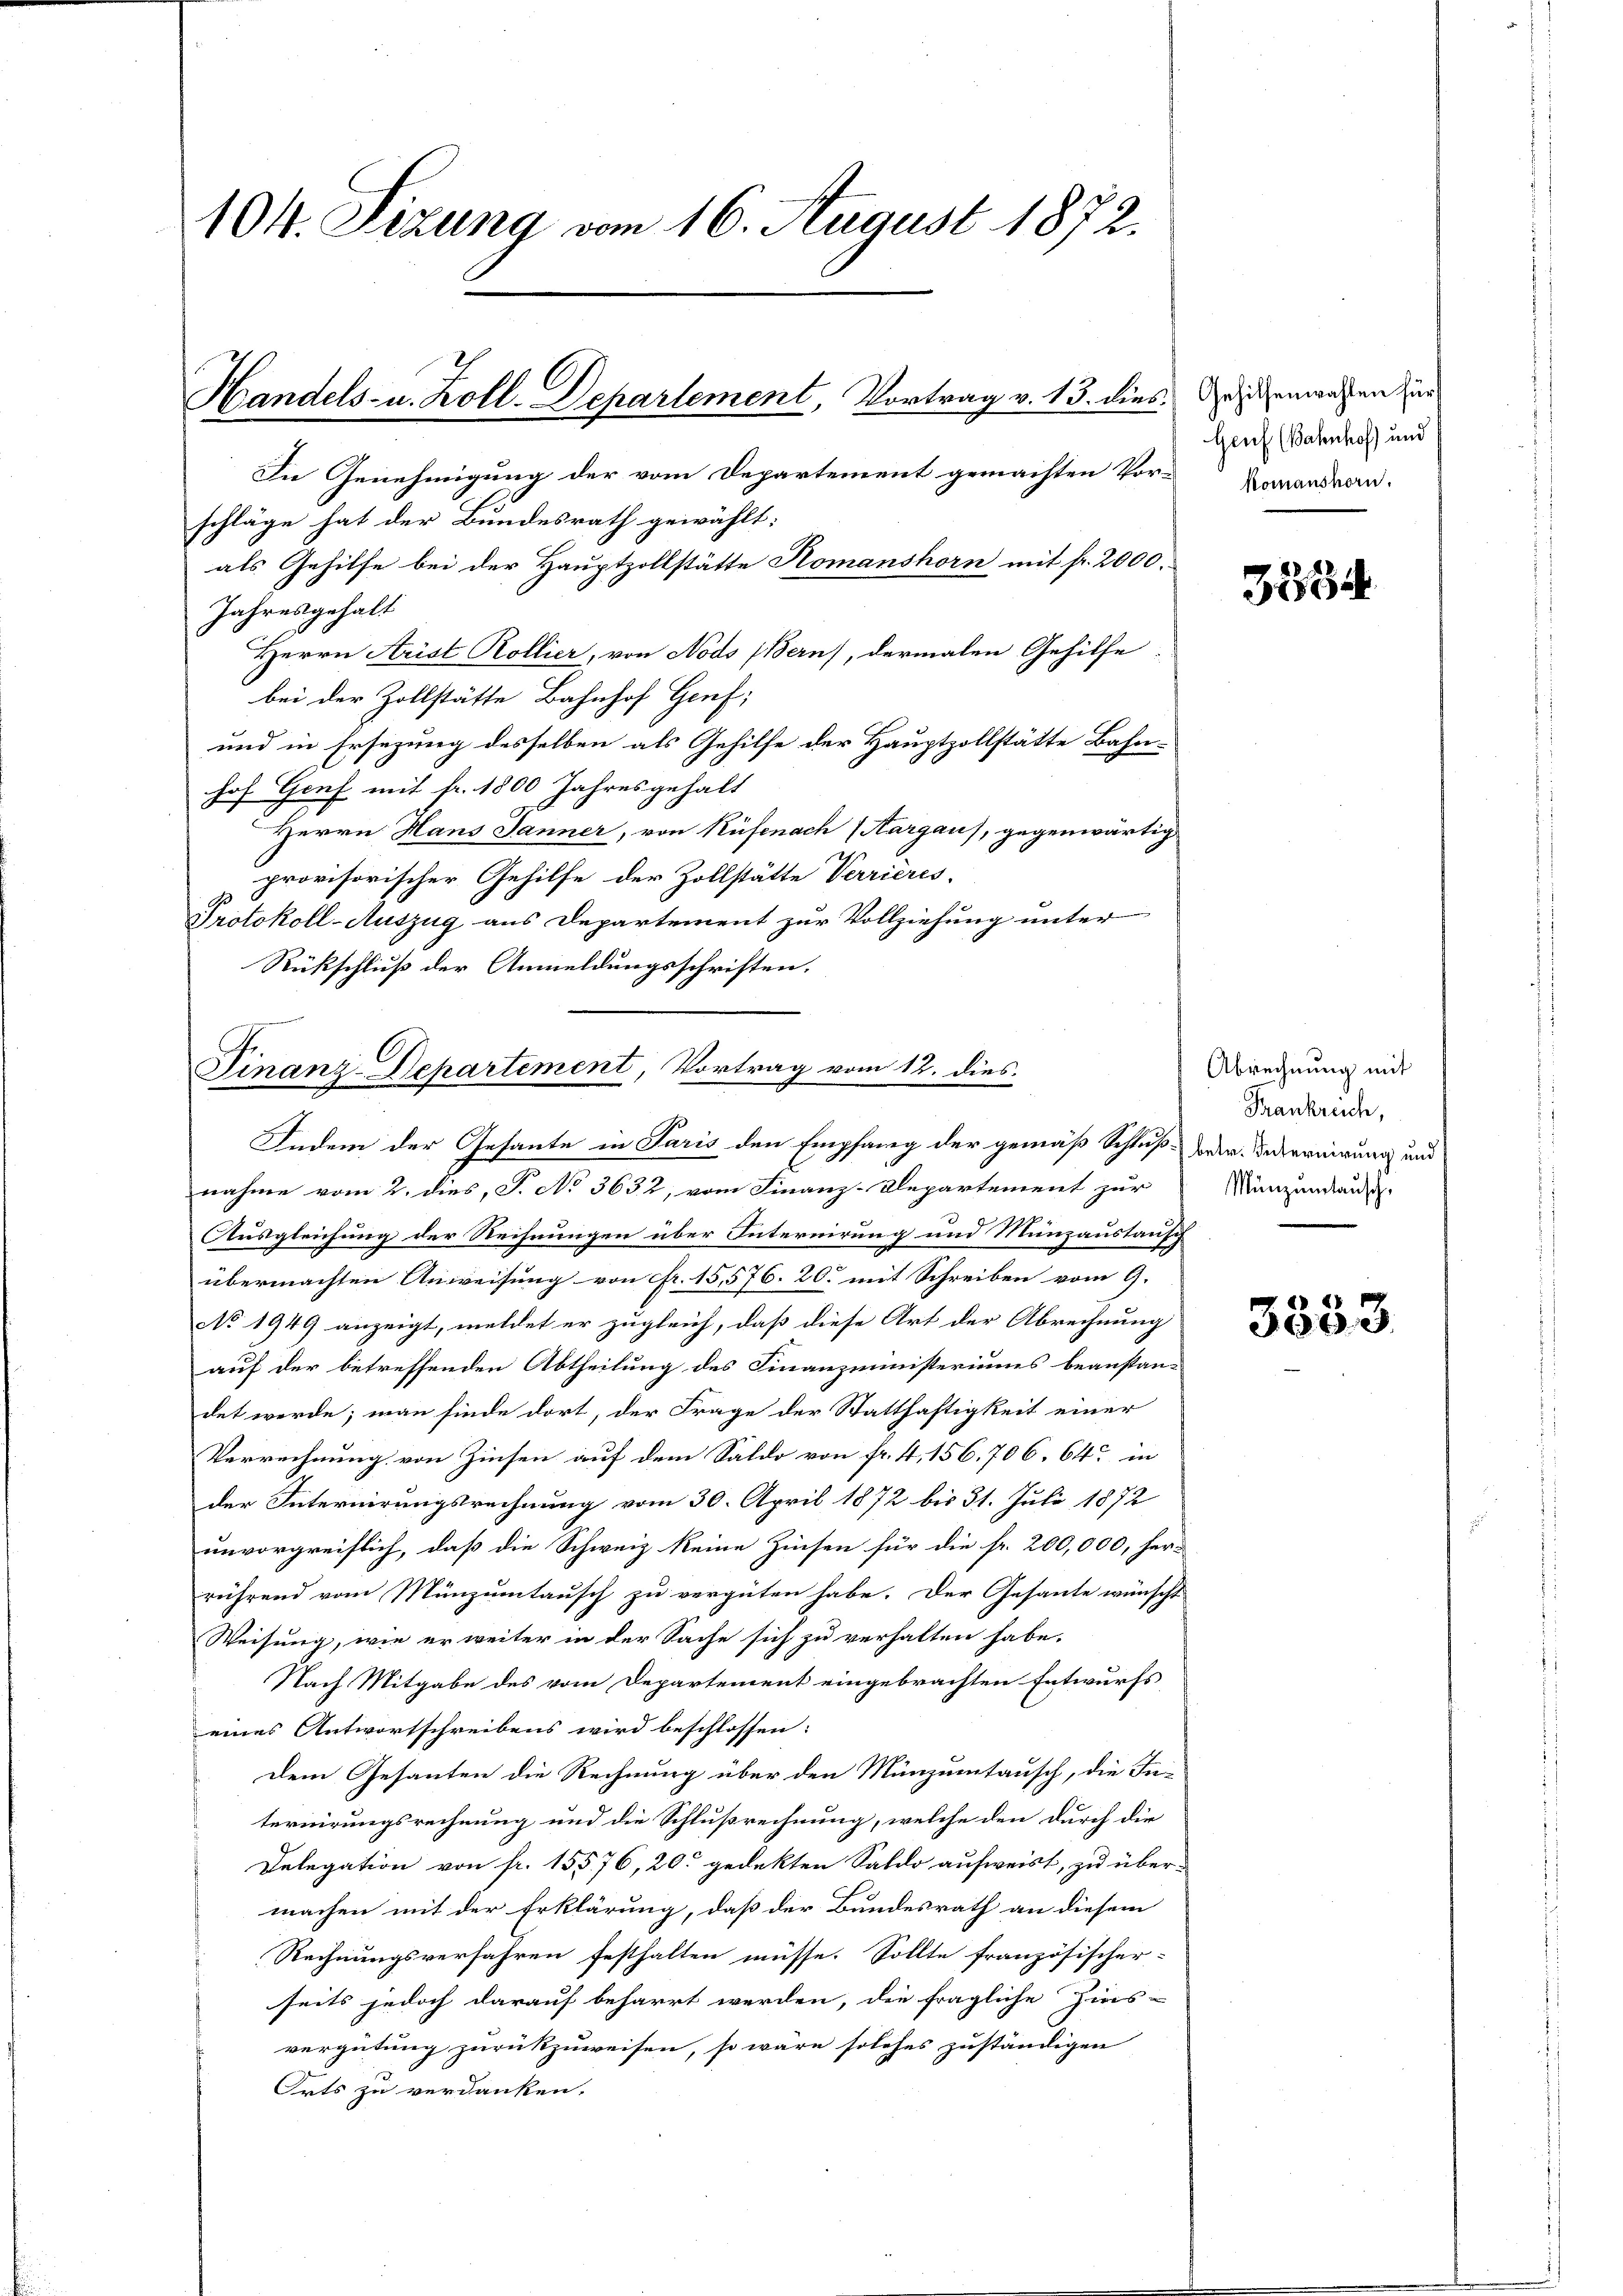
104. Sizung vom 16. August 1872.
Handels- u. Zoll-Departement, Vortrag v. 13. dies
In Genehmigung der vom Departement gemachten Vorschläge hat der Bundesrath gewählt:
als Gehilfe bei der Hauptzollstätte Romanshorn mit fr. 2000.
Jahresgehalt

Herrn Arist Kollier, von Nods (Bern), dermalen Gehilfe.
bei der Zollstätte Bahnhof Genf;
und in Ersezung desselben als Gehilfe der Hauptzollstätte Bahn-
hof Genf mit fr. 1800 Jahresgehalt
Herrn Hans Jänner, von Rüfenach (Aargau, gegenwärtig
provisorischer Gehilfe der Zollstätte Verrieres¬
Protokoll-Auszug aus Departement zur Vollziehung unter
Rückschluß der Anmeldungsschriften.

Finanz-Departement, Vortrag vom 12. dies
Indem der Gesante in Paris den Empfang der gemäß Schluß der Besseruirung und

nahme vom 2. dies, S. No 3632, vom Finanz-Departement zur
Ausgleichung der Rechnungen über Internirung und Münzaustaufg
übermachten Anweisung von Fr. 15,576. 20. mit Schreiben vom 9.
No 1949 anzeigt, meldet er zugleich, daß diese Art der Abrechnung
auf der betreffenden Abtheilung des Finanzministeriums beanstan-
det werde; man finde dort, der Frage der Statthaftigkeit einer
Verrechnung von Zinsen auf dem Saldo von fr. 4, 156. 706, 64 in
der Internirungsrechnung vom 30. April 1872 bis 31. Juli 1872
unvorgreiflich, daß die Schweiz keine Zinsen für die fr. 200,000, her-
rührend vom Münzumtausch zu vergüten habe. Der Gesante wünscht
Weisung, wie er weiter in der Sache sich zu verhalten habe.
Nach Mitgabe des vom Departement eingebrachten Entwurfs
eines Antwortschreibens wird beschlossen:
Dem Gesanten die Rechnung über den Münzumtausch, die Internirungsrechnung und die Schlußrechnung, welche den durch die
Delegation von fr. 15576, 20. gedekten Saldo aufweist, zu übermachen mit der Erklärung, daß der Bundesrath an diesem
Rechnungsverfahren festhalten müsse. Sollte französischer-
seits jedoch darauf beharrt werden, die fragliche Zins-
vergütung zurückzuweisen, so wäre solches zuständigen
Orts zu verdanken.

Gehilfenwahlen für
Genf (Bahnhof und
komanshorn.

3534.

Abrechnung mit
Frankreich,
Münzumtausch,

3533.